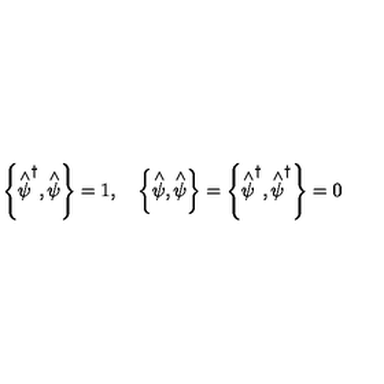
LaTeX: \left\{ \stackrel { \wedge } { \psi } ^ { \dagger } , \stackrel { \wedge } { \psi } \right\} = 1 , \quad \left\{ \stackrel { \wedge } { \psi } , \stackrel { \wedge } { \psi } \right\} = \left\{ \stackrel { \wedge } { \psi } ^ { \dagger } , \stackrel { \wedge } { \psi } ^ { \dagger } \right\} = 0